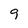
Character: 9